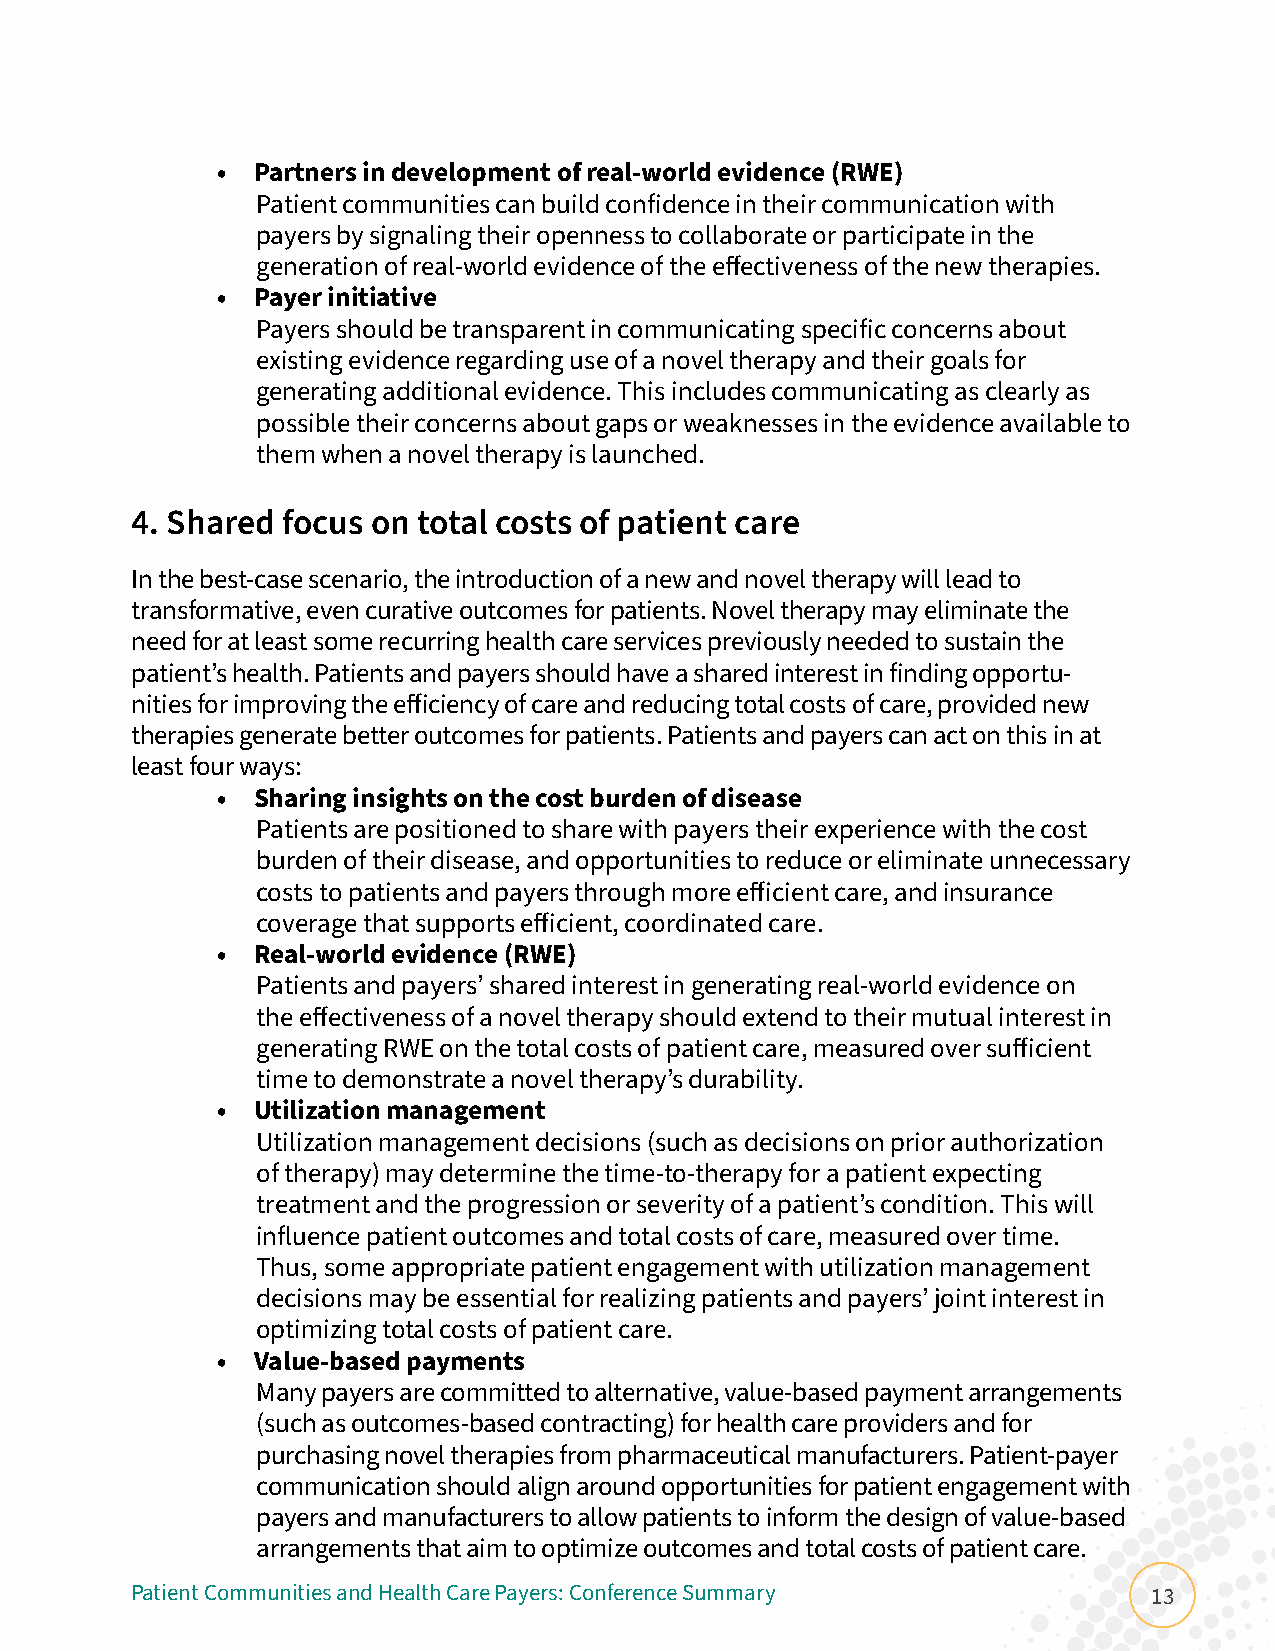
•  Partners in development of real-world evidence (RWE)
 Patient communities can build confidence in their communication with
 payers by signaling their openness to collaborate or participate in the
 generation of real-world evidence of the effectiveness of the new therapies.
 •  Payer initiative
 Payers should be transparent in communicating specific concerns about
 existing evidence regarding use of a novel therapy and their goals for
 generating additional evidence. This includes communicating as clearly as
 possible their concerns about gaps or weaknesses in the evidence available to
 them when a novel therapy is launched.
 4. Shared focus on total costs of patient care
 In the best-case scenario, the introduction of a new and novel therapy will lead to
 transformative, even curative outcomes for patients. Novel therapy may eliminate the
 need for at least some recurring health care services previously needed to sustain the
 patient’s health. Patients and payers should have a shared interest in finding opportu-
 nities for improving the efficiency of care and reducing total costs of care, provided new
 therapies generate better outcomes for patients. Patients and payers can act on this in at
 least four ways:
 •  Sharing insights on the cost burden of disease
 Patients are positioned to share with payers their experience with the cost
 burden of their disease, and opportunities to reduce or eliminate unnecessary
 costs to patients and payers through more efficient care, and insurance
 coverage that supports efficient, coordinated care.
 •  Real-world evidence (RWE)
 Patients and payers’ shared interest in generating real-world evidence on
 the effectiveness of a novel therapy should extend to their mutual interest in
 generating RWE on the total costs of patient care, measured over sufficient
 time to demonstrate a novel therapy’s durability.
 •  Utilization management
 Utilization management decisions (such as decisions on prior authorization
 of therapy) may determine the time-to-therapy for a patient expecting
 treatment and the progression or severity of a patient’s condition. This will
 influence patient outcomes and total costs of care, measured over time.
 Thus, some appropriate patient engagement with utilization management
 decisions may be essential for realizing patients and payers’ joint interest in
 optimizing total costs of patient care.
 •  Value-based payments
 Many payers are committed to alternative, value-based payment arrangements
 (such as outcomes-based contracting) for health care providers and for
 purchasing novel therapies from pharmaceutical manufacturers. Patient-payer
 communication should align around opportunities for patient engagement with
 payers and manufacturers to allow patients to inform the design of value-based
 arrangements that aim to optimize outcomes and total costs of patient care.
 Patient Communities and Health Care Payers: Conference Summary     13